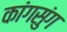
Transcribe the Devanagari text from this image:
कांगसुंग